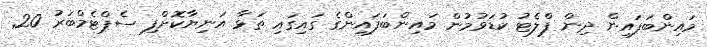
މައިންބަފައިން ދިން ފްލެޓު ކުޑަވުމުން މައިންބަފައިންގެ ގައިގައި ތަޅާ އަނިޔާކޮށްފި ސެޕްޓެމްބަރު 20